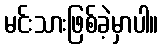
မင်းသားဖြစ်ခဲ့မှာပါ။